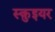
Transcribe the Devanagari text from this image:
स्क़ुइयर